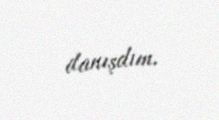
danışdım.